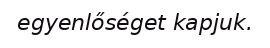
egyenlőséget kapjuk.